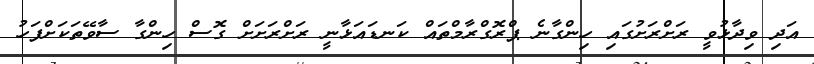
އަދި ވިދާޅުވީ ރަށްރަށުގައި ހިންގާނެ ޕްރޮގްރާމްތައް ކަނޑައަޅާނީ ރަށްރަށަށް ގޮސް ހިންގާ ސާވޭތަކަށްފަހު